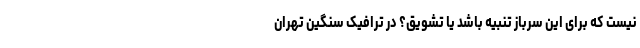
نیست که برای این سرباز تنبیه باشد یا تشویق؟ در ترافیک سنگین تهران